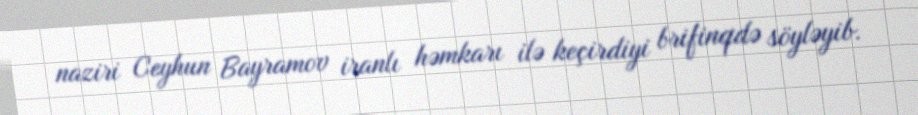
naziri Ceyhun Bayramov iranlı həmkarı ilə keçirdiyi brifinqdə söyləyib.